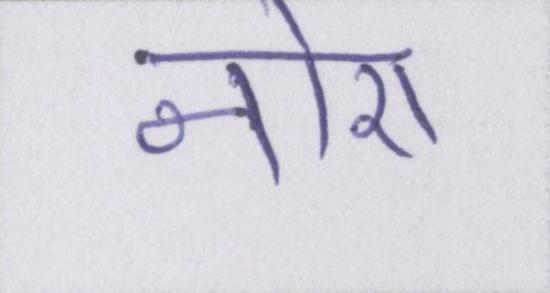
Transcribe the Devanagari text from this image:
नोरा